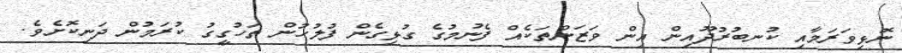
ނޮޅިވަރަމާއި ކުނބުރުދޫއިން އިން ވަޒަންތަކެއް ފެނުމުގެ ގުޅިގެން ފުލުހުން ތަހުގީގު ކުރަމުން ދަނިކޮށެވެ.